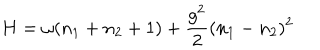
H = \omega ( n _ { 1 } + n _ { 2 } + 1 ) + \frac { g ^ { 2 } } { 2 } ( n _ { 1 } - n _ { 2 } ) ^ { 2 }